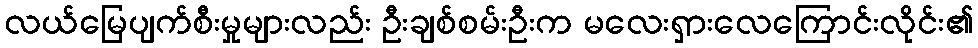
လယ်မြေပျက်စီးမှုများလည်း ဦးချစ်စမ်းဦးက မလေးရှားလေကြောင်းလိုင်း၏